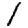
Digit: 1